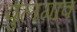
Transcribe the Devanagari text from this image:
पुलगाव